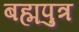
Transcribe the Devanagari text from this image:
बह्मपुत्र